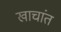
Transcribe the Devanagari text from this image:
खाचांत